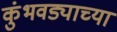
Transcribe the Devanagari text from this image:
कुंभवड्याच्या